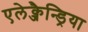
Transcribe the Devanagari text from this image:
एलेक्जैन्ड्रिया